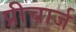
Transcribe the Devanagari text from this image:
प्रीचार्ज